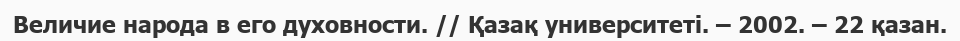
Величие народа в его духовности. // Қазақ университеті. – 2002. – 22 қазан.